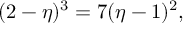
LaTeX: ( 2 - \eta ) ^ { 3 } = 7 ( \eta - 1 ) ^ { 2 } ,